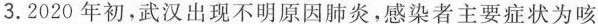
3.2020年初，武汉出现不明原因肺炎，感染者主要症状为咳